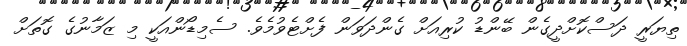
ތިޔަރީ ދަސްކޮށްދީގެން ބޭންޑު ކުރިއަށް ގެންދަވަން ފެށްޓެވުމެވެ. ސެމިޑޯންއަކީ މި ޒަމާނުގެ ގޮތަށް